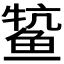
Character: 𫚟